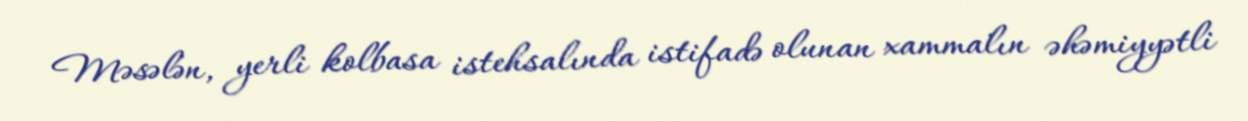
Məsələn, yerli kolbasa istehsalında istifadə olunan xammalın əhəmiyyətli